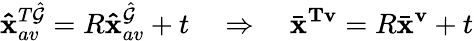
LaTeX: \mathbf{\hat{x}}_{av}^{T\hat{\mathcal{G}}}=R\mathbf{\hat{x}}_{av}^{\hat{\mathcal{G}}}+t\quad\Rightarrow\quad\bar{\mathbf{x}}^{\mathbf{Tv}}=R\bar{\mathbf{x}}^{\mathbf{v}}+t